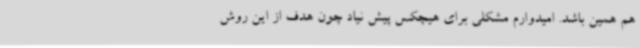
هم همین باشد. امیدوارم مشکلی برای هیچکس پیش نیاد چون هدف از این روش